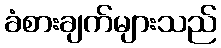
ခံစားချက်များသည်